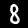
Digit: 8